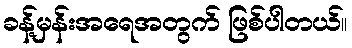
ခန့်မှန်းအရေအတွက် ဖြစ်ပါတယ်။